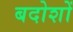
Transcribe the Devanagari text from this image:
बदोशों